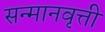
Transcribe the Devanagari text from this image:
सन्मानवृत्ती